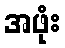
အဖုံး